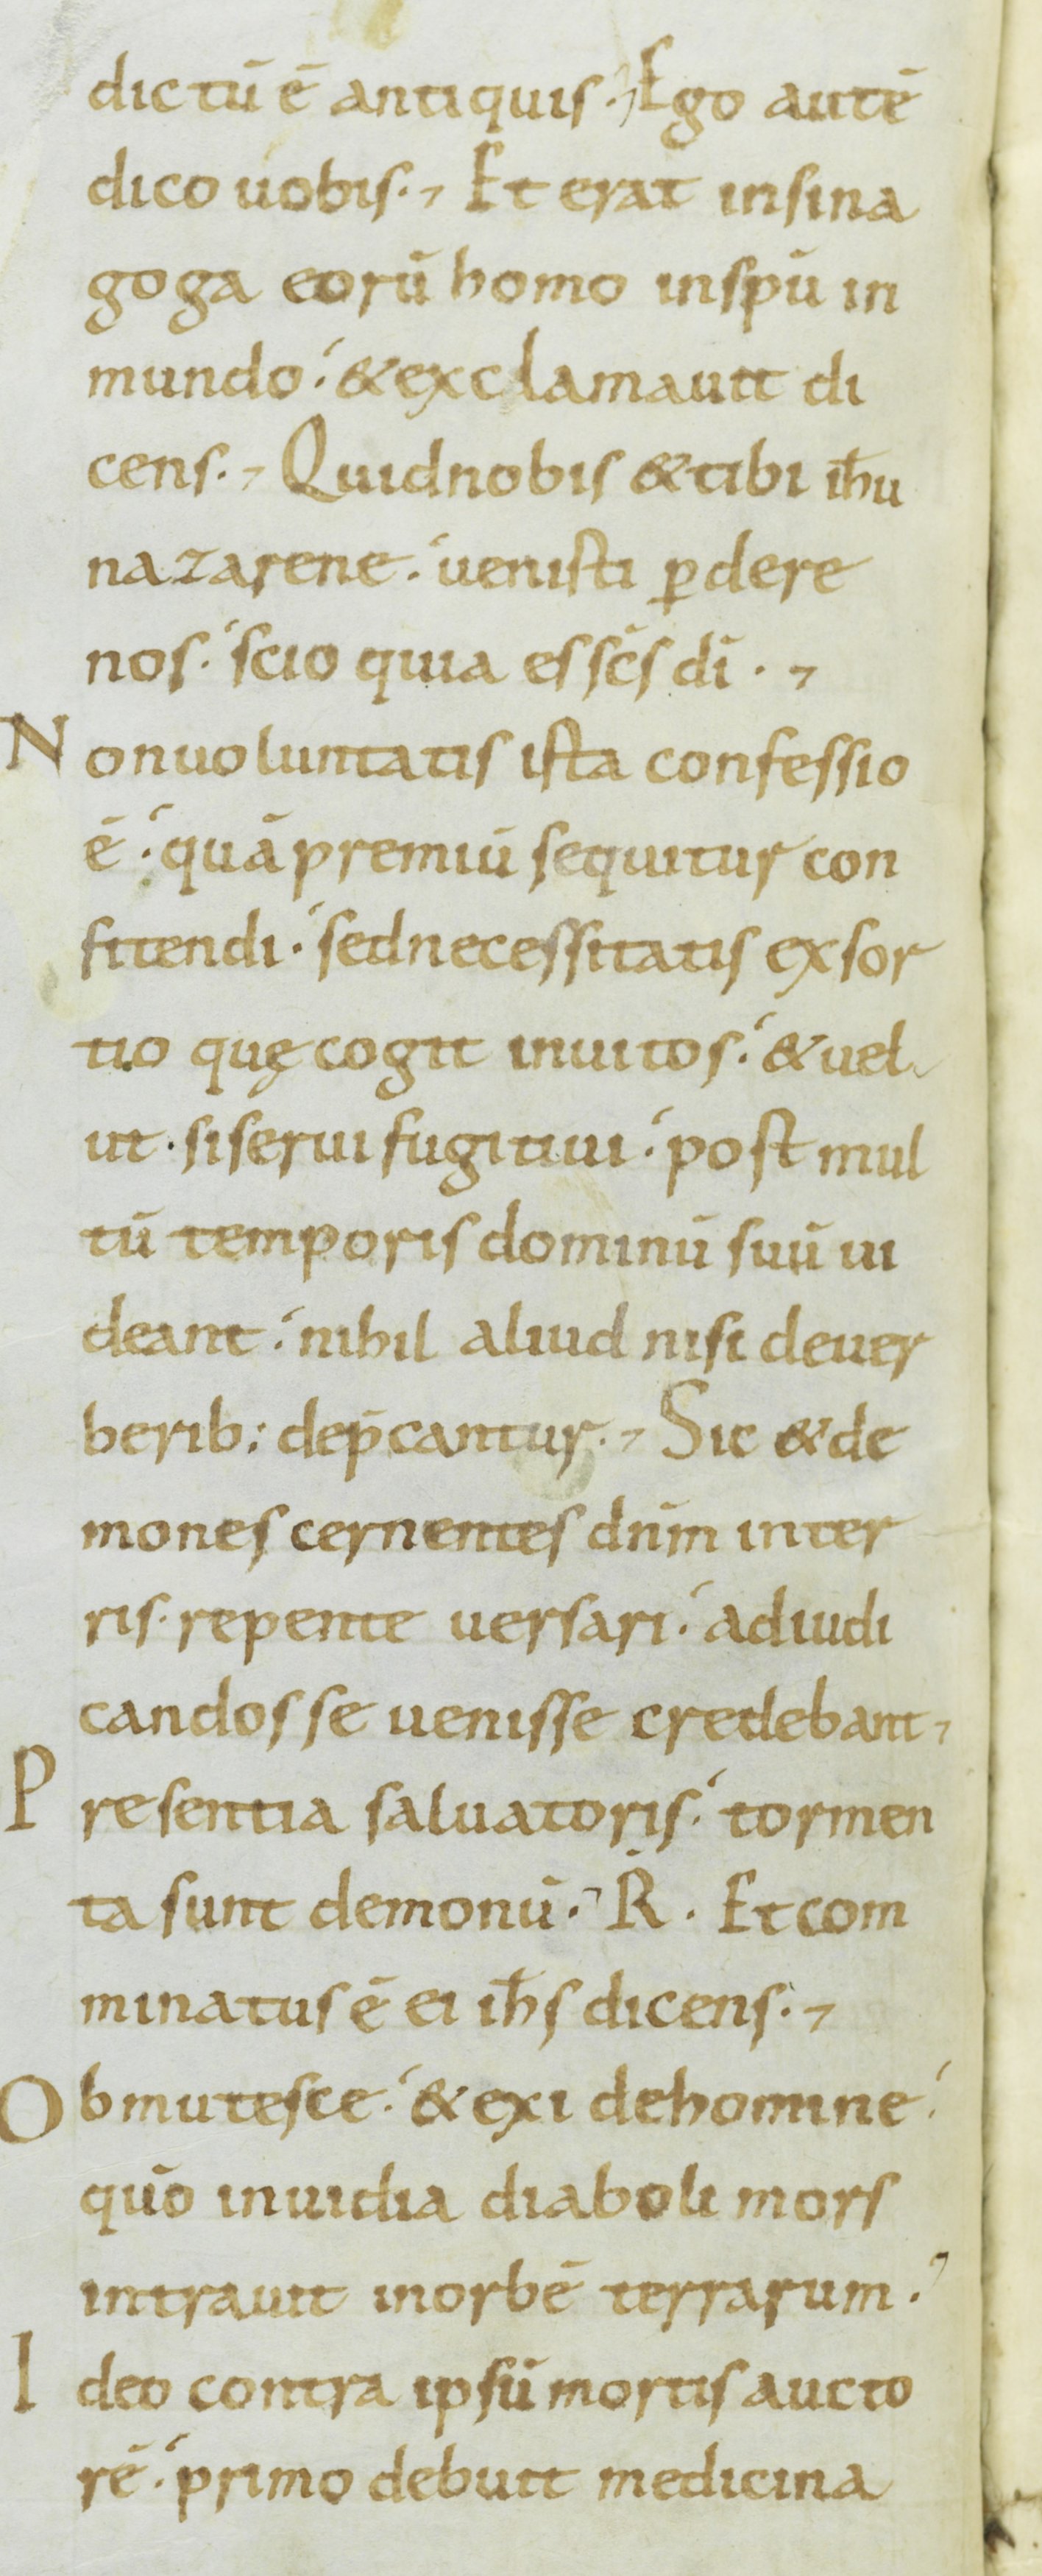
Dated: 800–899